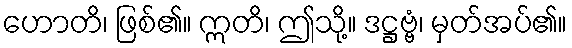
ဟောတိ၊ ဖြစ်၏။ ဣတိ၊ ဤသို့။ ဒဋ္ဌဗ္ဗံ၊ မှတ်အပ်၏။